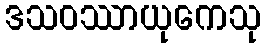
ဒသဝဿာယုကေသု